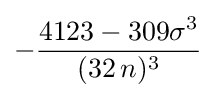
-{\frac {4123-309\sigma ^{3}}{(32\,n)^{3}}}